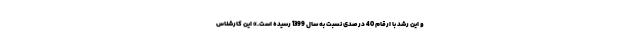
و این رشد با ارقام 40 درصدی نسبت به سال 1399 رسیده است.» این کارشناس